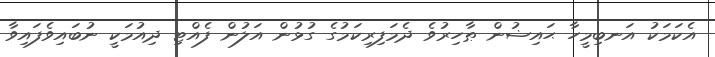
އެކަމަކު އަނބިމީހާ ޙައިޟުން ޠާހިރުވެ ދެމަފިރިކަމުގެ ގުޅުން އަލުން ފެއްޓި ދިއުމަކީ ނުބައިވެފައިވާ